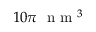
1 0 \pi ~ \mathrm { ~ n ~ m ~ } ^ { 3 }